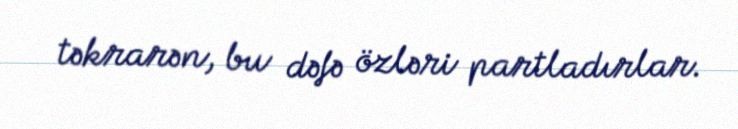
təkrarən, bu dəfə özləri partladırlar.